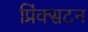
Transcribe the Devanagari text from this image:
प्रिंक्सटन